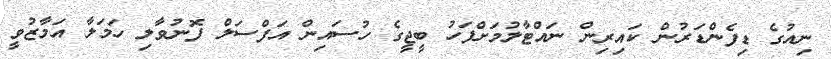
ނިއުގެ ޑިފެންޑަރުން ކައިރިން ނައްޓާލުމަށްފަހު ބީޖީގެ ހުސައިން އަފްސަލް ފޮނުވާލި ހަމަލާ އަމާޒުވީ